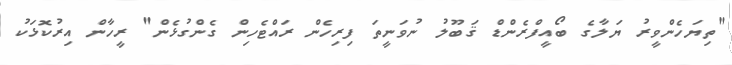
"ތިޔަހެންވީރު ޔަލާގެ ބޯއީފްރެންޑް ޤަބޫލު ނުވަނީތަ ފިރިހެން ރައްޓެހިން ގެންގުޅެން" ރީހާން އިރުކޮޅަކު